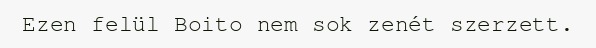
Ezen felül Boito nem sok zenét szerzett.